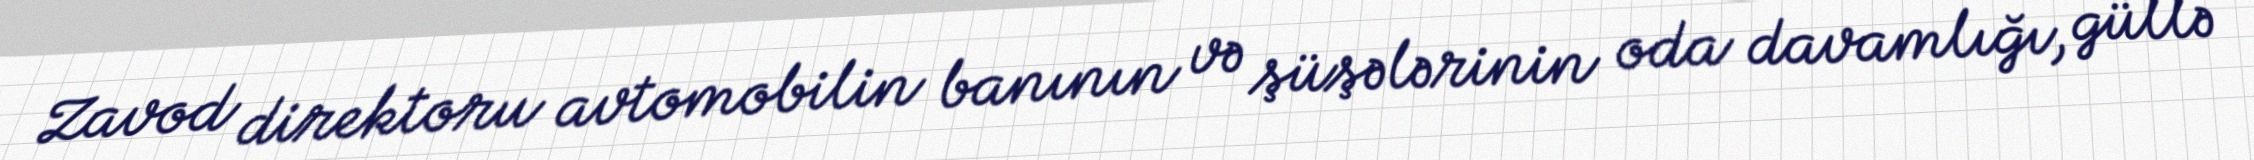
Zavod direktoru avtomobilin banının və şüşələrinin oda davamlığı, güllə